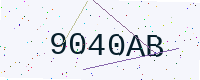
Text: 9040AB